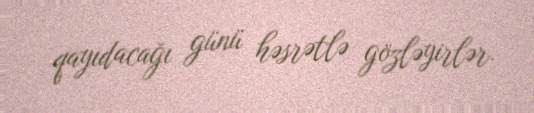
qayıdacağı günü həsrətlə gözləyirlər.